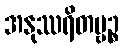
အနုဿရိတဗ္ဗဉ္စ